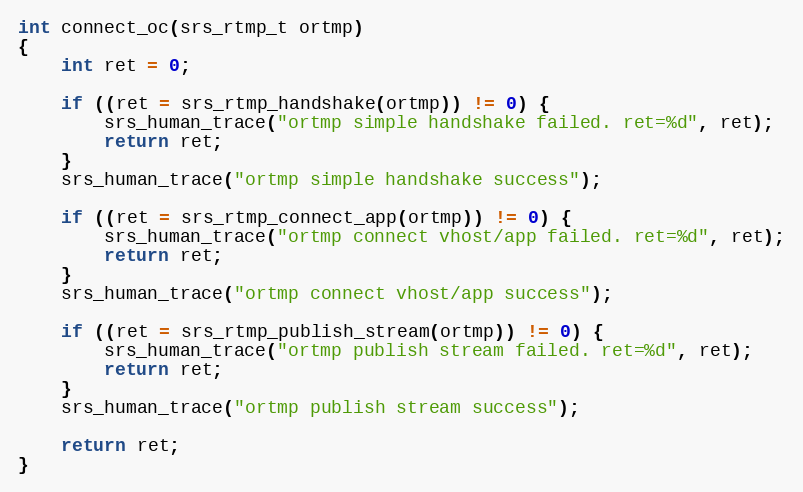
Language: C
int connect_oc(srs_rtmp_t ortmp)
{
    int ret = 0;

    if ((ret = srs_rtmp_handshake(ortmp)) != 0) {
        srs_human_trace("ortmp simple handshake failed. ret=%d", ret);
        return ret;
    }
    srs_human_trace("ortmp simple handshake success");

    if ((ret = srs_rtmp_connect_app(ortmp)) != 0) {
        srs_human_trace("ortmp connect vhost/app failed. ret=%d", ret);
        return ret;
    }
    srs_human_trace("ortmp connect vhost/app success");

    if ((ret = srs_rtmp_publish_stream(ortmp)) != 0) {
        srs_human_trace("ortmp publish stream failed. ret=%d", ret);
        return ret;
    }
    srs_human_trace("ortmp publish stream success");

    return ret;
}